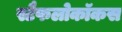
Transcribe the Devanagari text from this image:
स्टैफलोकॉकस